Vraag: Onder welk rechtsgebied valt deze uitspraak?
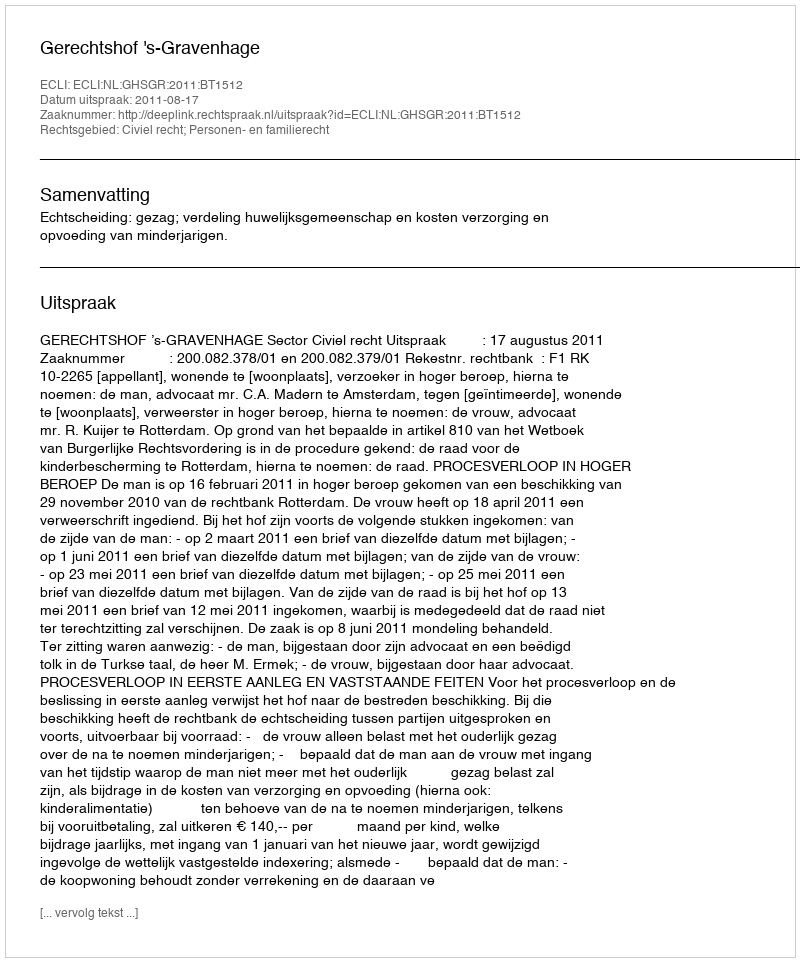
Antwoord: Civiel recht; Personen- en familierecht